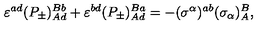
\varepsilon ^ { a d } ( P _ { \pm } ) _ { A d } ^ { B b } + \varepsilon ^ { b d } ( P _ { \pm } ) _ { A d } ^ { B a } = - ( \sigma ^ { \alpha } ) ^ { a b } ( \sigma _ { \alpha } ) _ { A } ^ { B } , \,